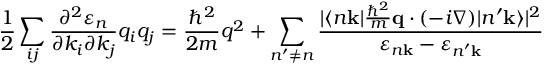
{ \frac { 1 } { 2 } } \sum _ { i j } { \frac { \partial ^ { 2 } \varepsilon _ { n } } { \partial k _ { i } \partial k _ { j } } } q _ { i } q _ { j } = { \frac { \hbar ^ { 2 } } { 2 m } } q ^ { 2 } + \sum _ { n ^ { \prime } \neq n } { \frac { | \langle n \mathbf { k } | { \frac { \hbar ^ { 2 } } { m } } \mathbf { q } \cdot ( - i \nabla ) | n ^ { \prime } \mathbf { k } \rangle | ^ { 2 } } { \varepsilon _ { n \mathbf { k } } - \varepsilon _ { n ^ { \prime } \mathbf { k } } } }